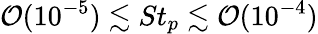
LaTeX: \mathcal O(10^{-5})\lesssim St_{p}\lesssim\mathcal O(10^{-4})